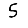
Digit: 5